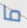
ما